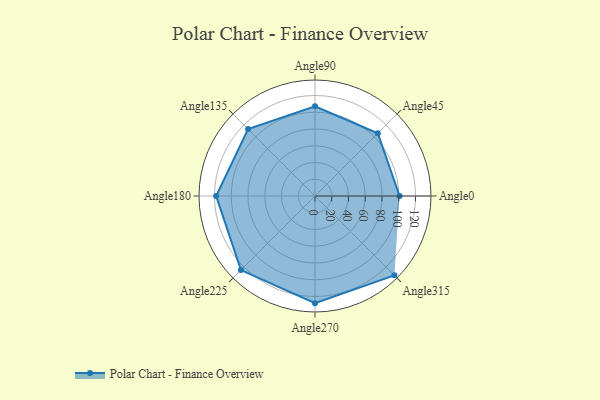
{"axis": {"x": "Angle", "y": "Radius"}, "legend": [""], "data": [{"x": "Angle0", "y": 101.0, "type": ""}, {"x": "Angle45", "y": 106.0, "type": ""}, {"x": "Angle90", "y": 107.0, "type": ""}, {"x": "Angle135", "y": 113.0, "type": ""}, {"x": "Angle180", "y": 118.0, "type": ""}, {"x": "Angle225", "y": 125.0, "type": ""}, {"x": "Angle270", "y": 128.0, "type": ""}, {"x": "Angle315", "y": 134.0, "type": ""}]}